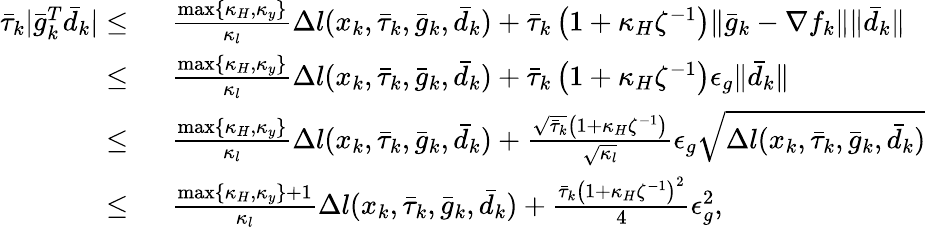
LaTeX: \begin{array}{rl}{\bar{\tau}_{k}|\bar{g}_{k}^{T}\bar{d}_{k}|\leq\ }&{\frac{\operatorname*{max}\{ \kappa_{H},\kappa_{y}\} }{\kappa_{l}}\Delta l(x_{k},\bar{\tau}_{k},\bar{g}_{k},\bar{d}_{k})+\bar{\tau}_{k}\left(1+\kappa_{H}\zeta^{-1}\right)\| \bar{g}_{k}-\nabla f_{k}\| \| \bar{d}_{k}\| }\\ {\leq\ }&{\frac{\operatorname*{max}\{ \kappa_{H},\kappa_{y}\} }{\kappa_{l}}\Delta l(x_{k},\bar{\tau}_{k},\bar{g}_{k},\bar{d}_{k})+\bar{\tau}_{k}\left(1+\kappa_{H}\zeta^{-1}\right)\epsilon_{g}\| \bar{d}_{k}\| }\\ {\leq\ }&{\frac{\operatorname*{max}\{ \kappa_{H},\kappa_{y}\} }{\kappa_{l}}\Delta l(x_{k},\bar{\tau}_{k},\bar{g}_{k},\bar{d}_{k})+\frac{\sqrt{\bar{\tau}_{k}}\left(1+\kappa_{H}\zeta^{-1}\right)}{\sqrt{\kappa_{l}}}\epsilon_{g}\sqrt{\Delta l(x_{k},\bar{\tau}_{k},\bar{g}_{k},\bar{d}_{k})}}\\ {\leq\ }&{\frac{\operatorname*{max}\{ \kappa_{H},\kappa_{y}\} +1}{\kappa_{l}}\Delta l(x_{k},\bar{\tau}_{k},\bar{g}_{k},\bar{d}_{k})+\frac{\bar{\tau}_{k}\left(1+\kappa_{H}\zeta^{-1}\right)^{2}}{4}\epsilon_{g}^{2},}\end{array}